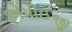
એપીઈજી